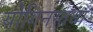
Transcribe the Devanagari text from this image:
योगिनस्तथा